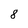
Character: 8